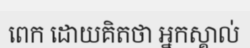
ពេក ដោយគិតថា អ្នកស្គាល់